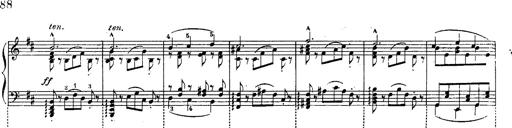
Title: Schubert's Impromptus [revised and edited by Franz Liszt]
Composer: Franz Liszt